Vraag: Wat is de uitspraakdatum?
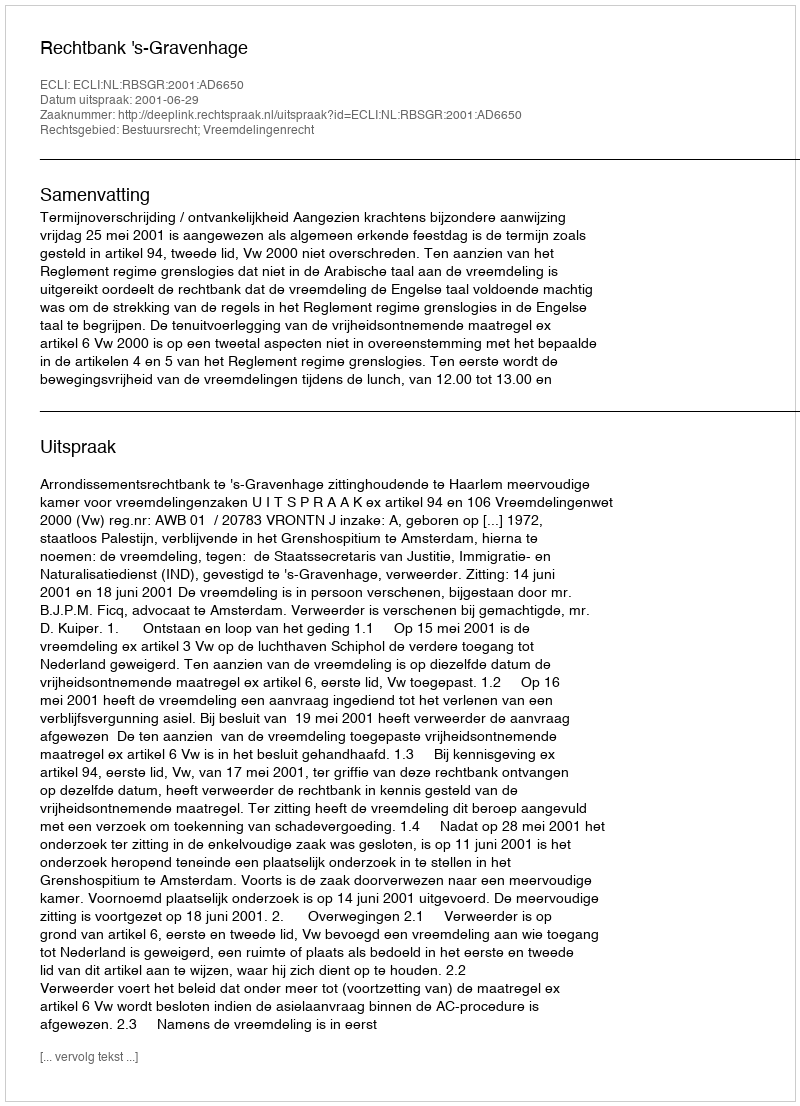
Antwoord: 2001-06-29